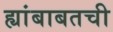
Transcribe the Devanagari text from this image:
ह्यांबाबतची